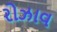
રોઝાવ